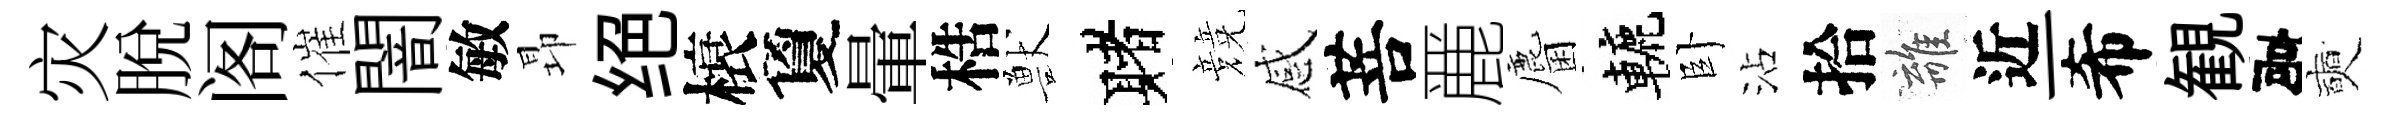
灾脫阁催闇敏昻绝榱夐暈梏獸赌競感菩䴡麕轆卧沾拾離近一希観建奭